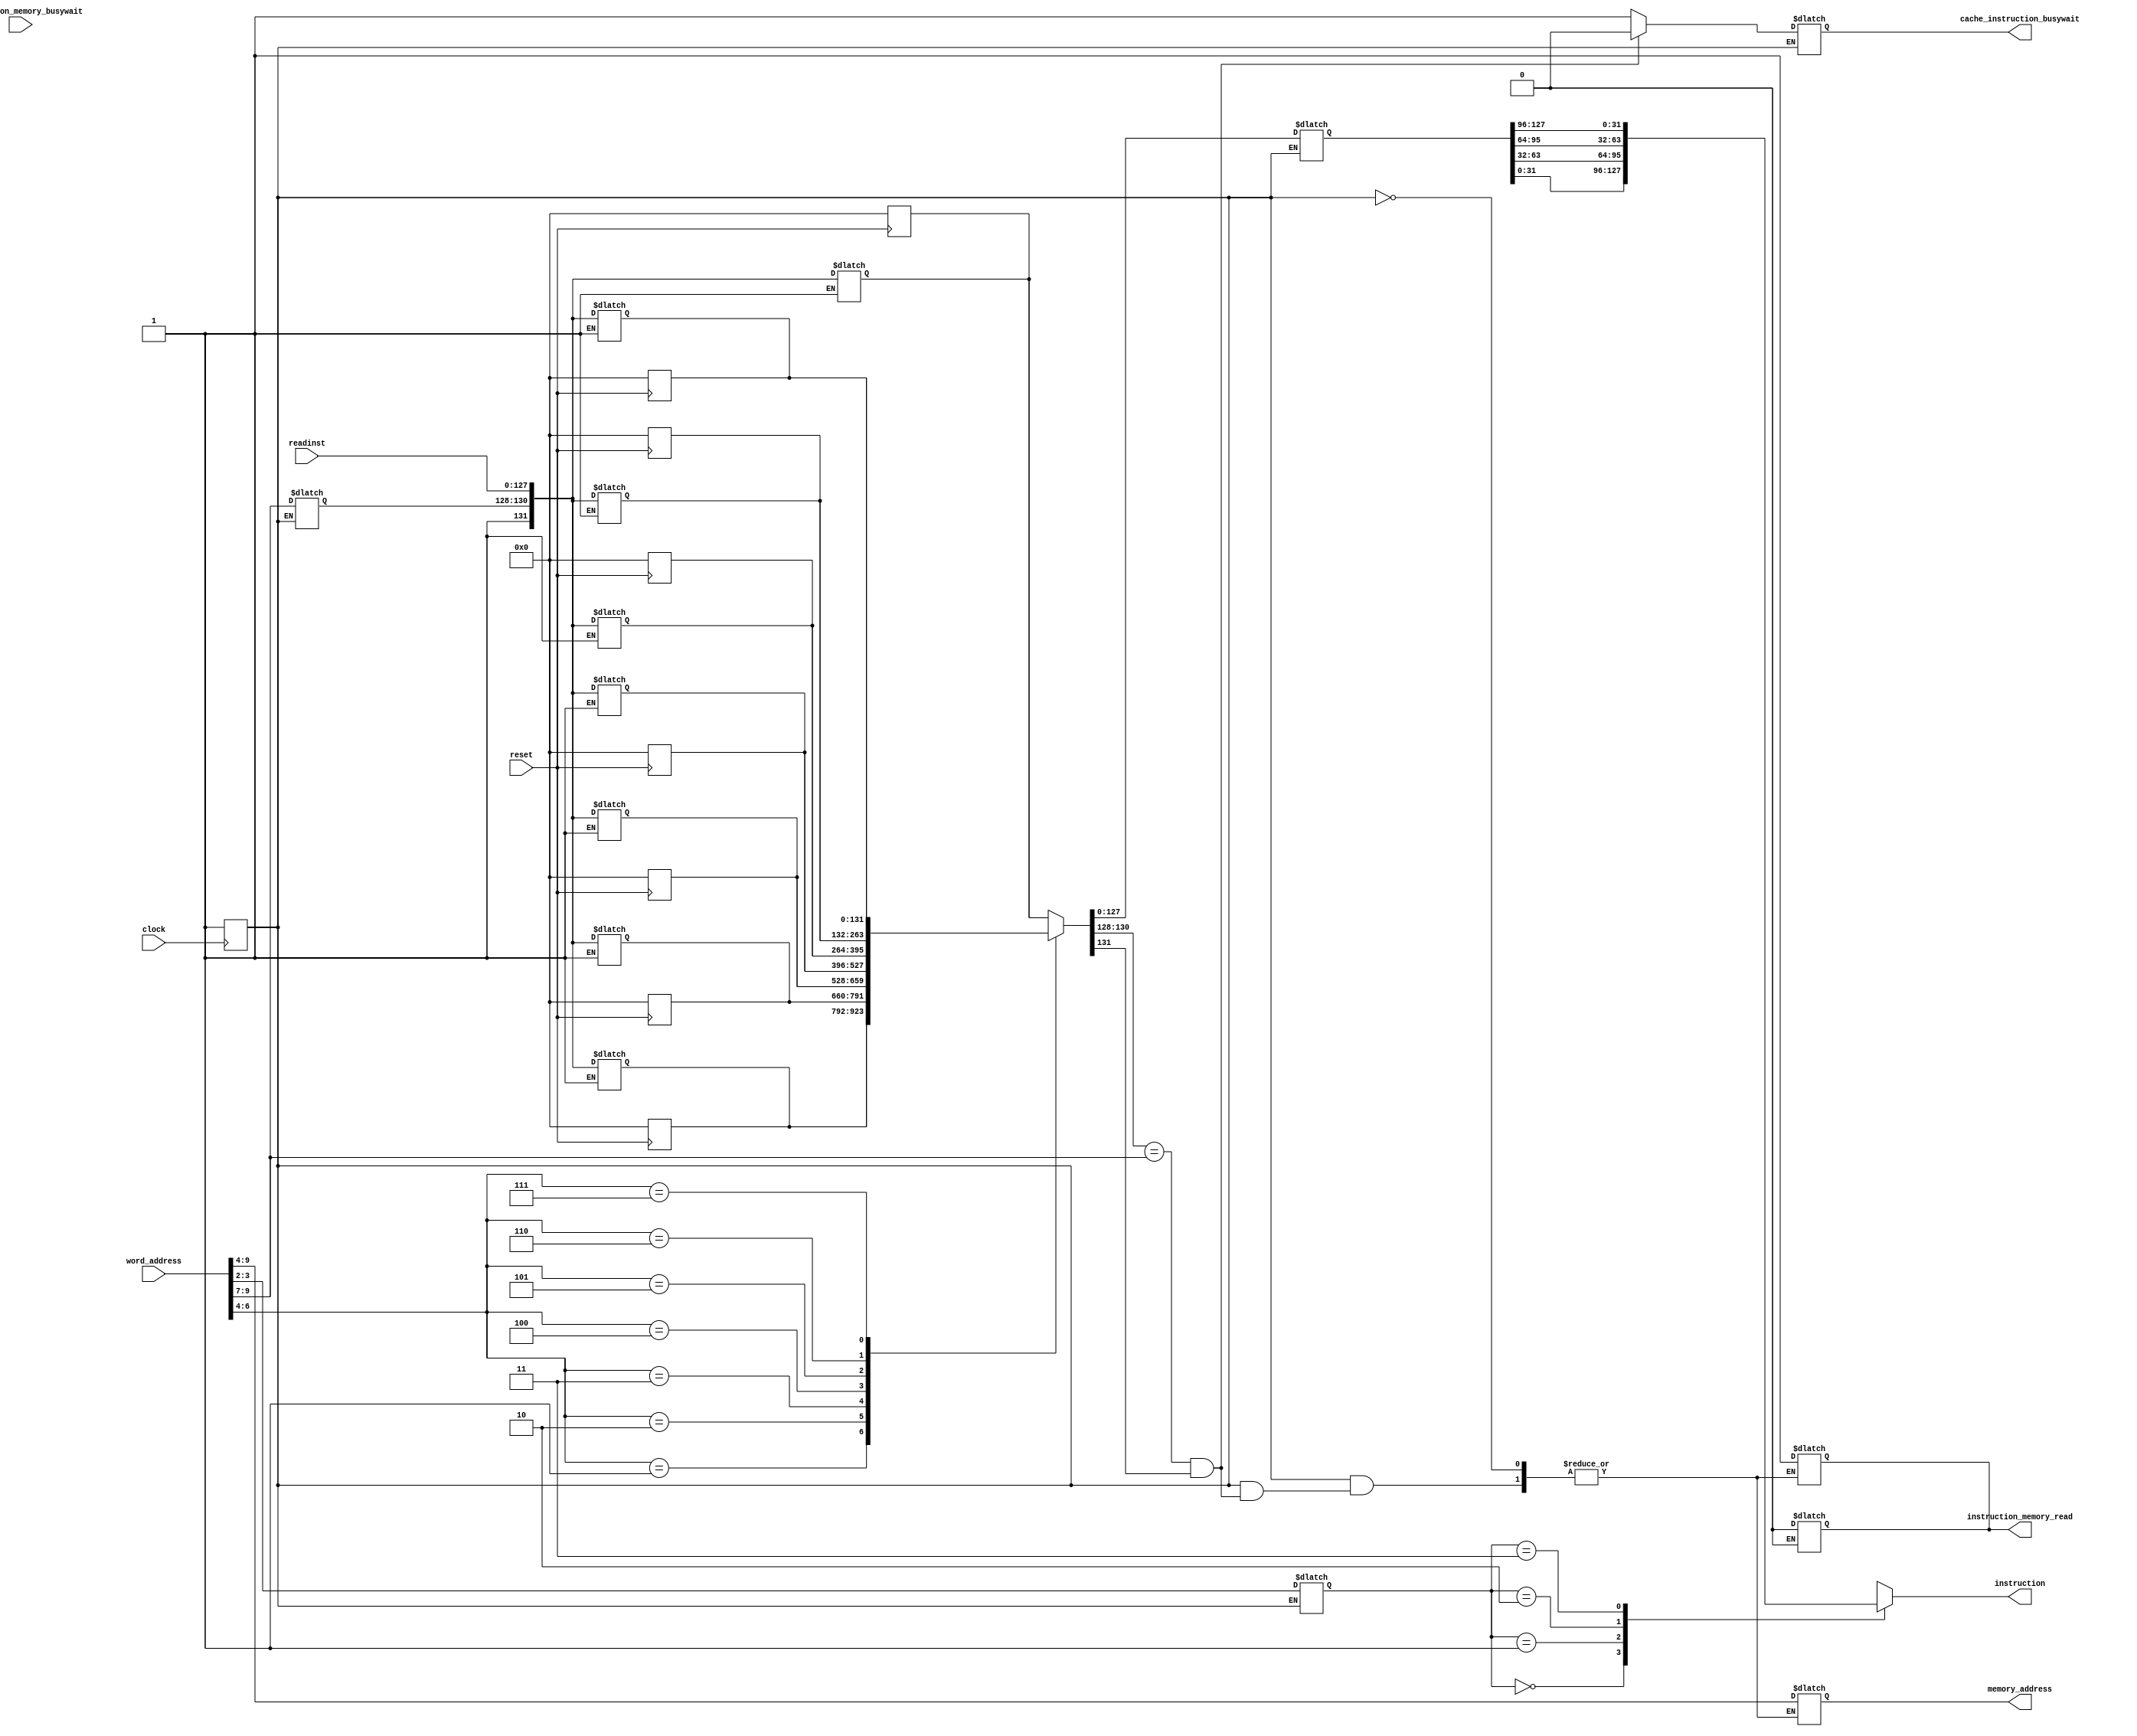
`timescale 1ns/100ps


module cache_instructions(clock,reset,cache_instruction_busywait,instruction_memory_busywait,word_address,memory_address,instruction,instruction_memory_read,readinst);

input clock,reset;
input [9:0] word_address;
input [127:0] readinst;
input instruction_memory_busywait;
output reg [5:0] memory_address;
output reg [31:0] instruction; //the instruction sent to the cpu
output reg cache_instruction_busywait,instruction_memory_read;
reg [131:0] cache_slot [7:0]; //in a single cache_slot, 131th bit denotes the validbit,[130-128] bits represent the tag and [127:0] represnts the four words each [31:0] bits long
reg [131:0] current_cache;


reg [1:0] offset;
reg [2:0] index,tag,cache_slot_tag;
reg validbit,hit;
reg [127:0] instruction_block;
reg trigger1=1'b0; //used to trigger always blocks
reg trigger2=1'b0; //used to trigger always blocks
reg mem_operation=1'b0;
reg cpu_working=1'b0; //This is initialized at the first positive clock edge in the code

//Extract the data and determine the hit status
always @(word_address,trigger2)
begin
if(cpu_working==1'b1)
begin
      cache_instruction_busywait=1'b1;
      offset=word_address[3:2];
      index=word_address[6:4];
      tag=word_address[9:7];

      #1
      case (index)
        3'b000:
        begin
          current_cache=cache_slot[0];        
        end    
        3'b001:
        begin
            current_cache=cache_slot[1];
        end    
        3'b010:
        begin
            current_cache=cache_slot[2];
        end
        3'b011:
        begin
            current_cache=cache_slot[3];
        end
        3'b100:
        begin
            current_cache=cache_slot[4];
        end
        3'b101:
        begin
            current_cache=cache_slot[5];
        end
        3'b110:
        begin
            current_cache=cache_slot[6];
        end
        3'b111:
        begin
            current_cache=cache_slot[7];
        end     
      endcase

      validbit=current_cache[131];
      cache_slot_tag=current_cache[130:128];
      instruction_block=current_cache[127:0];
      trigger1=~trigger1;

      #0.9

      if((cache_slot_tag==tag)&&(validbit==1'b1))
      begin
        hit=1'b1;
        cache_instruction_busywait=1'b0;
      end

      else 
      begin
        hit=1'b0;
        instruction_memory_read=1'b1;
        memory_address={tag,index};  
        mem_operation=1'b1;      
      end
    

end         
end

//fetching the instruction from the instruction block
always @(trigger1)
begin
  #1
  case (offset)
    2'b00:
    begin
      instruction=instruction_block[31:0];
    end

    2'b01:
    begin
      instruction=instruction_block[63:32];
    end    

    2'b10:
    begin
      instruction=instruction_block[95:64];
    end    

    2'b11:
    begin
      instruction=instruction_block[127:96];
    end  
  endcase   
end

always @(instruction_memory_busywait)
begin
  if(instruction_memory_busywait==1'b0 && mem_operation==1'b1)
  begin
    instruction_memory_read=1'b0;
    #1
    cache_slot[index]={1'b1,tag,readinst};
    mem_operation=1'b0;
    trigger2=~trigger2;
  end
end

//reset the cache memory
integer i;

always @ (posedge reset)
begin
  if(reset)
  begin
    for (i=0;i<8; i=i+1)
        cache_slot[i] = 0;
  end
  
end

always @(posedge clock)
begin
  cpu_working=1'b1;
end

endmodule